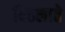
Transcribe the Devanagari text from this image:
बिठलाते